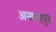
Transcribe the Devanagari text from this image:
अनाजपुर